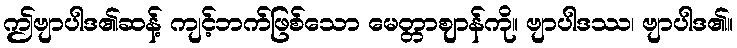
ဤဗျာပါဒ၏ဆန့် ကျင့်ဘက်ဖြစ်သော မေတ္တာဈာန်ကို။ ဗျာပါဒဿ၊ ဗျာပါဒ၏။